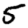
Digit: 5